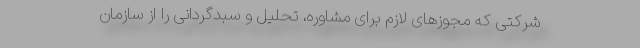
شرکتی که مجوزهای لازم برای مشاوره، تحلیل و سبدگردانی را از سازمان